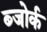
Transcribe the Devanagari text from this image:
ब्जोर्क